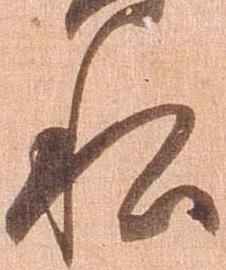
私